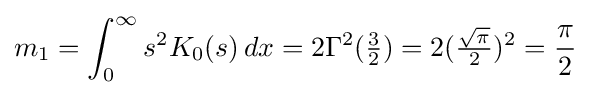
m_{1}=\int _{0}^{\infty }s^{2}K_{0}(s)\,dx=2\Gamma ^{2}({\tfrac {3}{2}})=2({\tfrac {\sqrt {\pi }}{2}})^{2}={\frac {\pi }{2}}